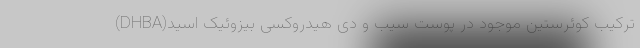
ترکیب کوئرستین موجود در پوست سیب و دی هیدروکسی بیزوئیک اسید(DHBA)